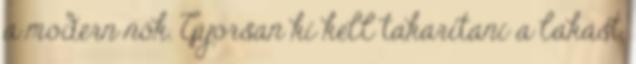
a modern nők. Gyorsan ki kell takarítani a lakást,